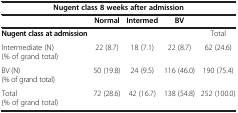
| <COLSPAN=5> Nugent class 8 weeks after admission |
 |  | Normal | Intermed | BV |  |
 | --- | --- | --- | --- | --- |
 | Nugent class at admission |  |  |  | Total |
 | Intermediate (N) (% of grand total) | 22 (8.7) | 18 (7.1) | 22 (8.7) | 62 (24.6) |
 | BV (N) (% of grand total) | 50 (19.8) | 24 (9.5) | 116 (46.0) | 190 (75.4) |
 | Total (% of grand total) | 72 (28.6) | 42 (16.7) | 138 (54.8) | 252 (100.0) |